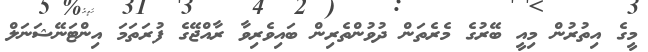
މީގެ އިތުރުން މިއީ ބޭރުގެ މެރެތަން ދުވުންތެރިން ބައިވެރިވާ ރާއްޖޭގެ ފުރަތަމަ އިންޓަނޭޝަނަލް